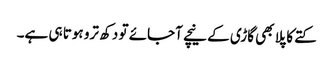
کتے کا پلا بھی گاڑی کے نیچے آجائے تو دکھ ترو ہوتا ہی ہے۔